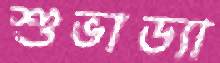
শুভাড্যা